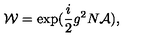
{ \cal W } = \exp ( \frac { i } { 2 } g ^ { 2 } N { \cal A } ) ,